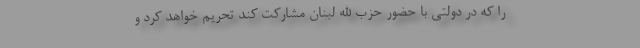
را که در دولتی با حضور حزب الله لبنان مشارکت کند تحریم خواهد کرد و